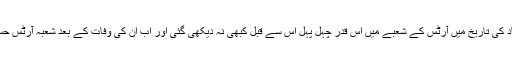
علامہ اقبال اوپن یونیورسٹی اسلام آباد کی تاریخ میں آرٹس کے شعبے میں اس قدر چہل پہل اس سے قبل کبھی نہ دیکھی گئی اور اب ان کی وفات کے بعد شعبہ آرٹس حسرت و یاس کی تصویر نظر آتا ہے۔